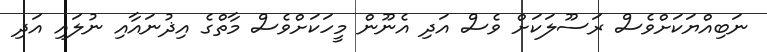
ނަބިއްޔަކަށްވެސް ރަސޫލަކަށް ވެސް އަދި އެނޫން މީހަކަށްވެސް މާތްގެ އިޛުނައާއި ނުލައި އަދި